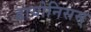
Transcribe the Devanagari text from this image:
डायोनिसस्